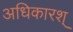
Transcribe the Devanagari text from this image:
अधिकारश्